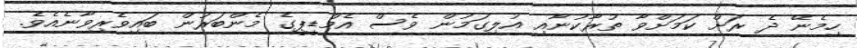
ހިމެނޭ ދެ ރަށް ކަމަށްވާ ތުރާކުނާއި އުލިގަމުން ވެސް އެމްޑީޕީގެ މެންބަރުން ބައިވެރިވާނެއެވެ.